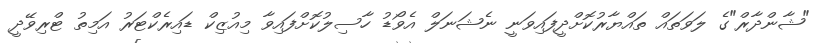
"ޝާންދާރް"ގެ ލަވަތައް ތައްޔާރުކޮށްދީފައިވަނީ ނެޝަނަލް އެވޯޑު ހާސިލުކޮށްފައިވާ މިއުޒިކް ޑައިރެކްޓަރު އަމިތު ޓްރިވޭދީ